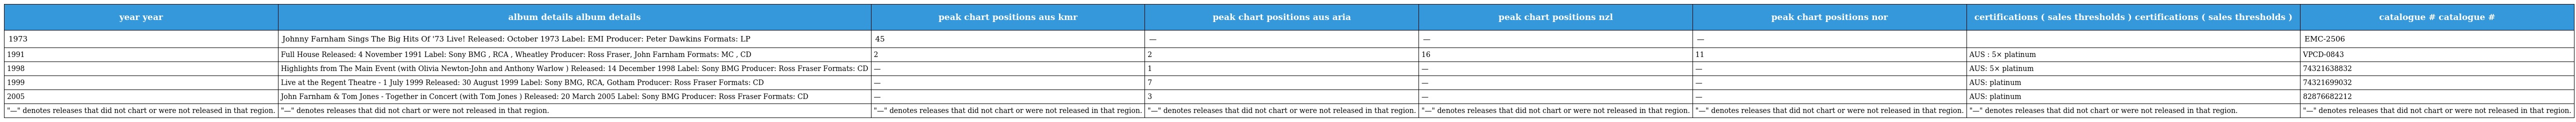
| year year | album details album details | peak chart positions aus kmr | peak chart positions aus aria | peak chart positions nzl | peak chart positions nor | certifications ( sales thresholds ) certifications ( sales thresholds ) | catalogue # catalogue # |
 | --- | --- | --- | --- | --- | --- | --- | --- |
 | 1973 | Johnny Farnham Sings The Big Hits Of '73 Live! Released: October 1973 Label: EMI Producer: Peter Dawkins Formats: LP | 45 | — | — | — |  | EMC-2506 |
 | 1991 | Full House Released: 4 November 1991 Label: Sony BMG , RCA , Wheatley Producer: Ross Fraser, John Farnham Formats: MC , CD | 2 | 2 | 16 | 11 | AUS : 5× platinum | VPCD-0843 |
 | 1998 | Highlights from The Main Event (with Olivia Newton-John and Anthony Warlow ) Released: 14 December 1998 Label: Sony BMG Producer: Ross Fraser Formats: CD | — | 1 | — | — | AUS: 5× platinum | 74321638832 |
 | 1999 | Live at the Regent Theatre - 1 July 1999 Released: 30 August 1999 Label: Sony BMG, RCA, Gotham Producer: Ross Fraser Formats: CD | — | 7 | — | — | AUS: platinum | 74321699032 |
 | 2005 | John Farnham & Tom Jones - Together in Concert (with Tom Jones ) Released: 20 March 2005 Label: Sony BMG Producer: Ross Fraser Formats: CD | — | 3 | — | — | AUS: platinum | 82876682212 |
 | "—" denotes releases that did not chart or were not released in that region. | "—" denotes releases that did not chart or were not released in that region. | "—" denotes releases that did not chart or were not released in that region. | "—" denotes releases that did not chart or were not released in that region. | "—" denotes releases that did not chart or were not released in that region. | "—" denotes releases that did not chart or were not released in that region. | "—" denotes releases that did not chart or were not released in that region. | "—" denotes releases that did not chart or were not released in that region. |